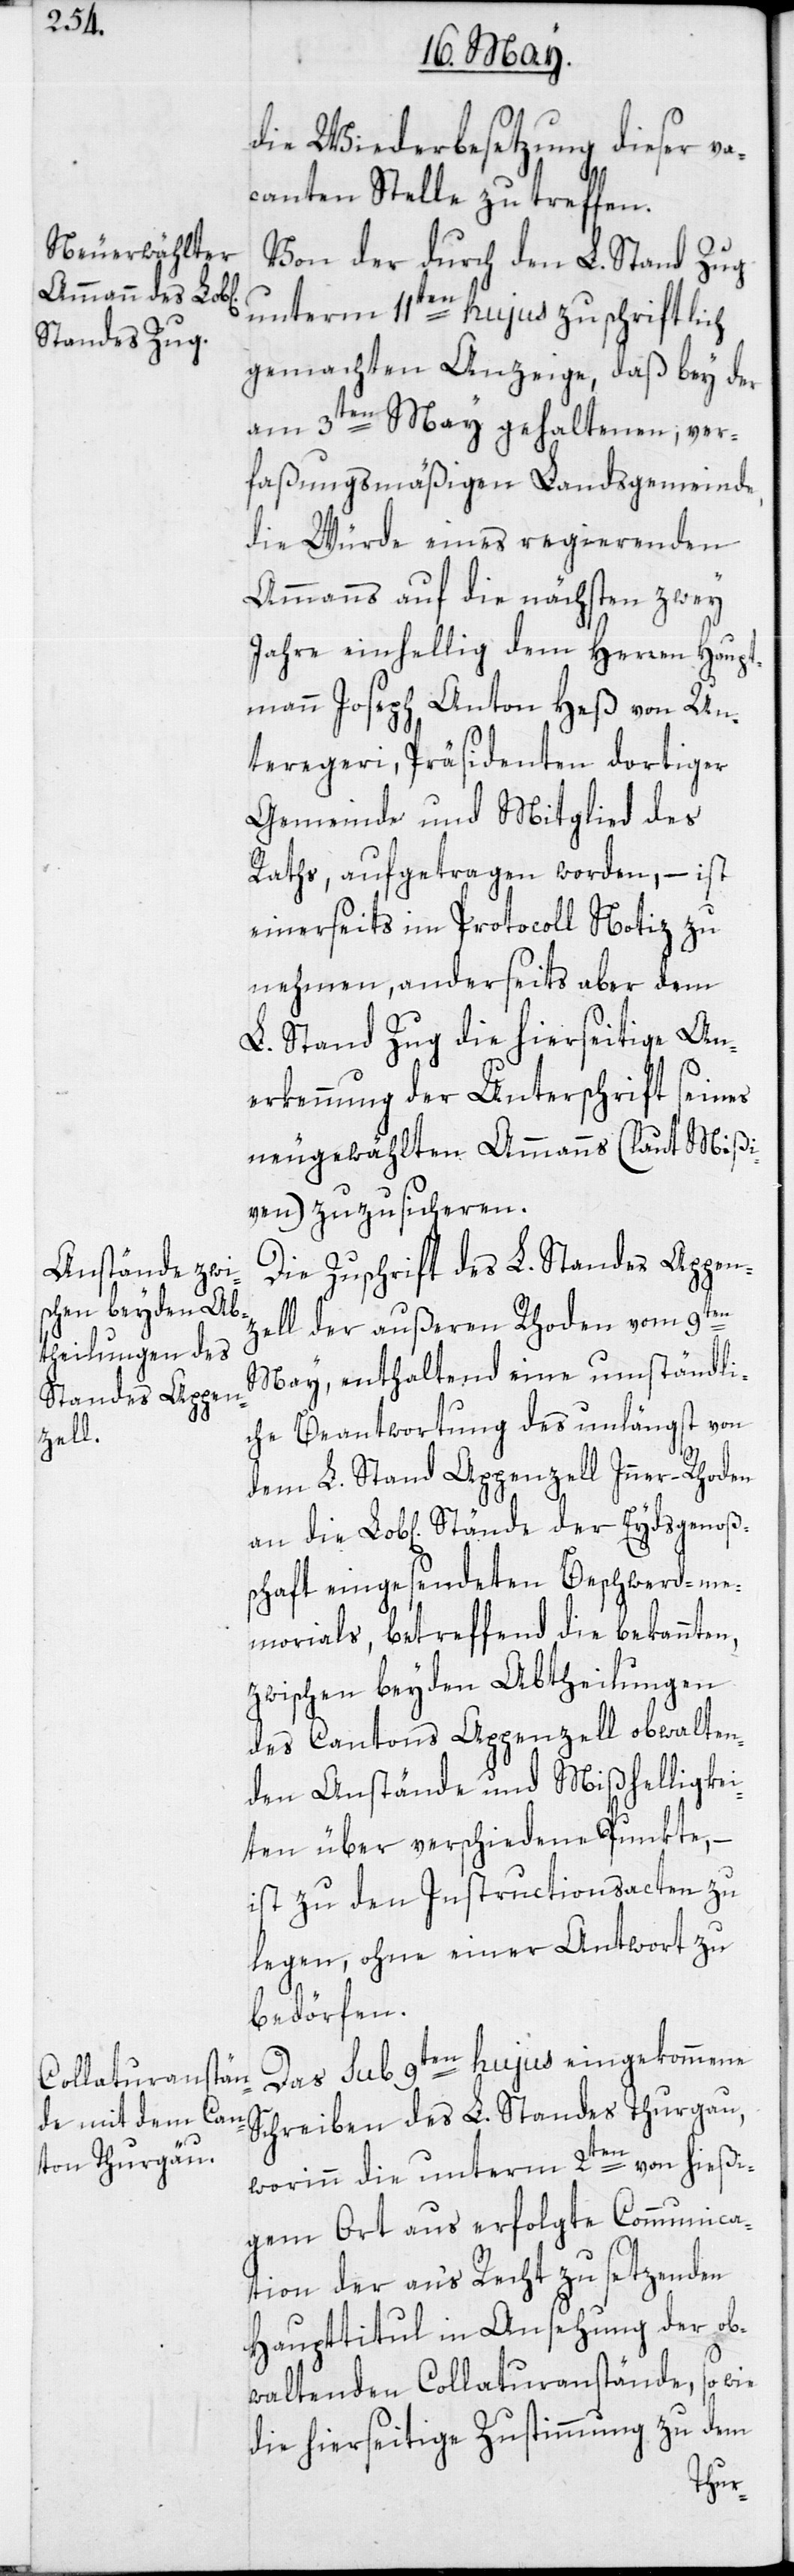
die Wiederbesetzung dieser va¬
canten Stelle zu treffen.
Von der durch den L. Stand Zug
unterm 11ten hujus zuschriftlich
Standes Thurgau,
gemachten Anzeige, daß bey der
am 3ten May gehaltenen, ver¬
faßungsmäßigen Landsgemeinde,
die Würde eines regierenden
Ammanns auf die nächsten zwey
Jahre einhellig dem Herren Haupt¬
mann Joseph Anton Heß von Un¬
teregeri, Präsidenten dortiger
Gemeinde und Mitglied des
Raths, aufgetragen worden, – ist
einerseits im Protocoll Notiz zu
nehmen, anderseits aber dem
L. Stand Zug die hierseitige An¬
erkennung der Unterschrift seines
neugewählten Ammanns (laut Mißi¬
ven) zuzusicheren.
Die Zuschrift des L. Standes Appenz¬
ell der außeren Rhoden vom 9ten
May, enthaltend eine umständli¬
che Beantwortung des unlängst von
dem L. Stand Appenzell Inner-Rhoden
schaft eingesendeten Beschwerd-me¬
morials, betreffend die bekannten,
zwischen beyden Abtheilungen
des Cantons Appenzell obwalten¬
den Anstände und Mißhelligkei¬
ten über verschiedene Punkte, –
ist zu den Instructionsacten zu
legen, ohne einer Antwort zu
bedörfen.
Das sub 9ten hujus eingekommene
worinn die unterm 2ten von hießi¬
gem Ort aus erfolgte Communica¬
tion der an’s Recht zu setzenden
Haupttitul in Ansehung der ob¬
waltenden Collaturanstände, so wie
die hierseitige Zustimmung zu dem
oßen¬